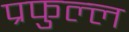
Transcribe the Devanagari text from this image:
प्रफुल्‍ल